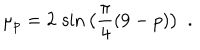
LaTeX: \mu _ { p } = 2 \, \sin \big ( \frac { \pi } { 4 } ( 9 - p ) \big ) ~ ~ .